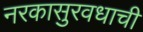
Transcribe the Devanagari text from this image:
नरकासुरवधाची